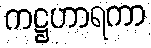
ကဋ္ဌဟာရကာ